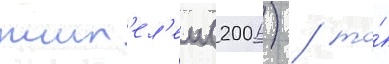
жит'ел'еи (2006) / то́